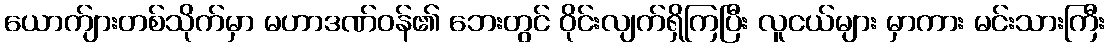
ယောက်ျားတစ်သိုက်မှာ မဟာဒဏ်ဝန်၏ ဘေးတွင် ဝိုင်းလျက်ရှိကြပြီး လူငယ်များ မှာကား မင်းသားကြီး